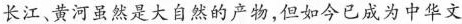
长江，黄河虽然是大自然的产物，但如今已成为中华文